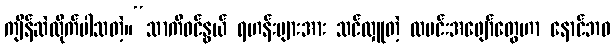
ကျိန်ဆဲလိုက်ပါသတဲ့။“သာကီဝင်နွယ် ရဟန်းများအား သင်လှူတဲ့ ထမင်းအဖျော်တွေဟာ နောင်ဘဝ